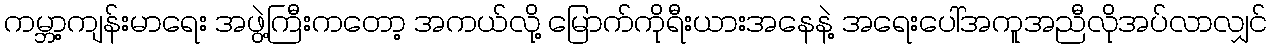
ကမ္ဘာ့ကျန်းမာရေး အဖွဲ့ကြီးကတော့ အကယ်လို့ မြောက်ကိုရီးယားအနေနဲ့ အရေးပေါ်အကူအညီလိုအပ်လာလျှင်